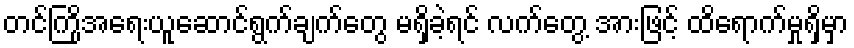
တင်ကြိုအရေးယူဆောင်ရွက်ချက်တွေ မရှိခဲ့ရင် လက်တွေ့ အားဖြင့် ထိရောက်မှုရှိမှာ